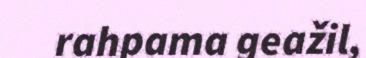
rahpama geažil,